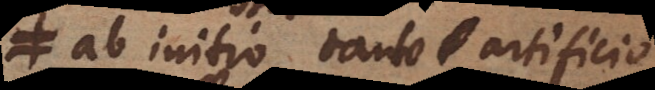
ab initio tanto artificio